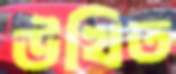
উত্থিত